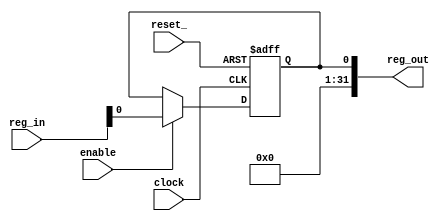
module r_shr(reset_,
             enable,
             clock,
             reg_out,
             reg_in);
// Location of source csl unit: file name = csl_example_unit.csl line number = 508
//  Bitrange of state register port for register module r_shr is of another type than number. No evaluation support available. Default is [0:0].
  input reset_;
  input enable;
  input clock;
  input [32 - 1:0] reg_in;
  output [32 - 1:0] reg_out;
  reg st_reg;
  assign   reg_out = st_reg;

  always @( posedge clock or negedge reset_ )  begin 
    if ( ~(reset_) )  begin 
      st_reg <= 0;
    end
    else if ( enable )  begin 
        st_reg <= reg_in;
      end
  end
  endmodule